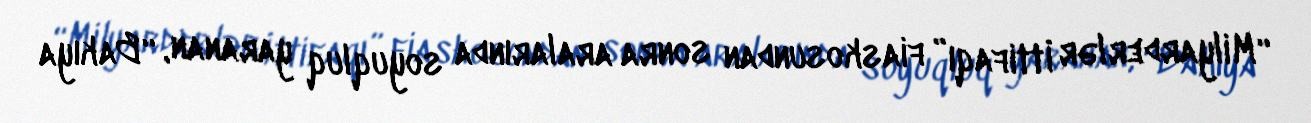
“Milyarderlər İttifaqı” fiaskosundan sonra aralarında soyuqluq yaranan, “Bakıya